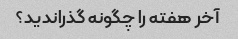
آخر هفته را چگونه گذراندید؟